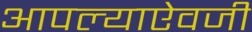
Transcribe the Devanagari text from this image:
आपल्याऐवजी